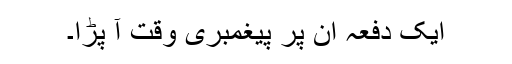
ایک دفعہ ان پر پیغمبری وقت آ پڑا۔